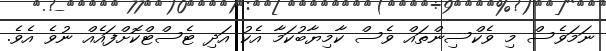
ނަމަވެސް މި ވެކްސިންތައް ވެސް ކާމިޔާބުކަމާ އެކު އަދި ޓެސްޓްކޮށްފައެއް ނުވެ އެވެ.